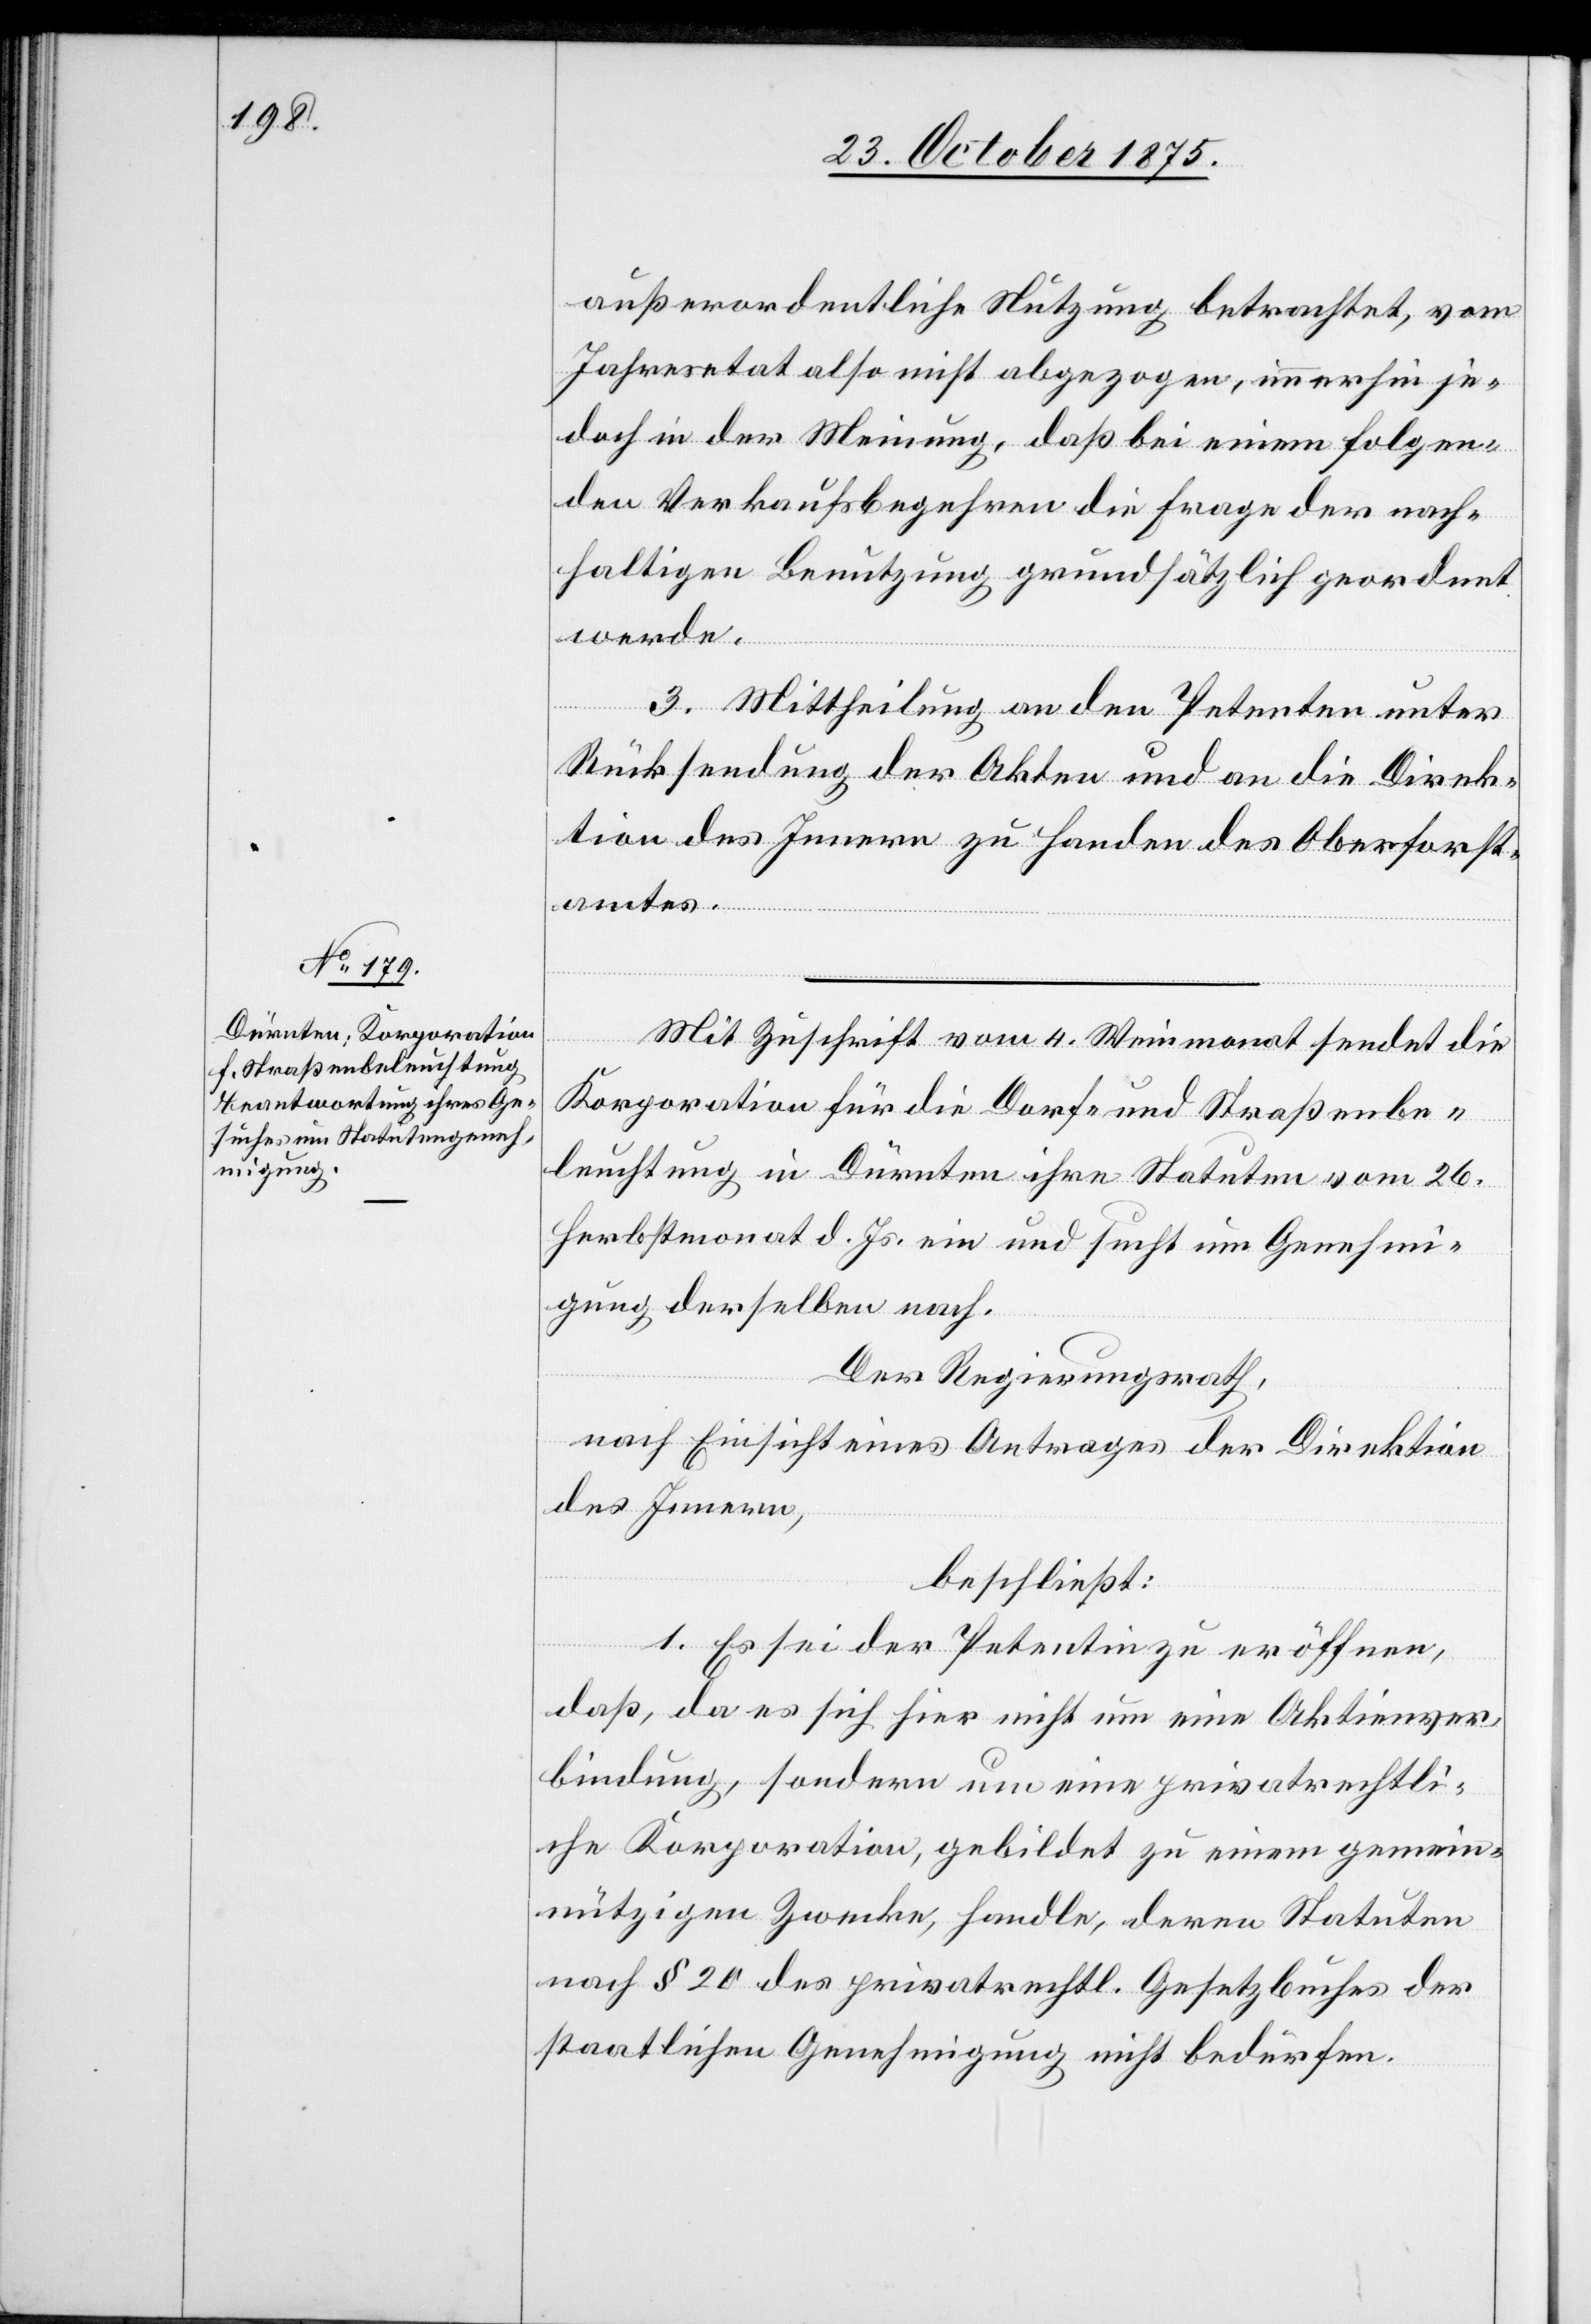
außerordentliche Nutzung betrachtet, vom
Jahresetat also nicht abgezogen, immerhin je¬
doch in der Meinung, daß bei einem folgen¬
den Verkaufsbegehren die Frage der nach¬
haltigen Benutzung grundsätzlich geordnet
werde.
3. Mittheilung an den Petenten unter
Rücksendung der Akten und an die Direk¬
tion des Innern zu Handen des Oberforst¬
amtes.
Mit Zuschrift vom 4. Weinmonat sendet die
Korporation für die Dorf- und Straßenbe¬
leuchtung in Dürnten ihre Statuten vom 26.
Herbstmonat d. Js. ein und sucht um Genehmi¬
gung derselben nach.
Der Regierungsrath,
nach Einsicht eines Antrages der Direktion
des Innern,
beschließt:
1. Es sei der Petentin zu eröffnen,
daß, da es sich hier nicht um eine Aktienver¬
bindung, sondern um eine privatrechtli¬
che Korporation, gebildet zu einem gemein¬
nützigen Zwecke, handle, deren Statuten
nach § 20 des privatrechtl. Gesetzbuches der
staatlichen Genehmigung nicht bedürfen.